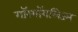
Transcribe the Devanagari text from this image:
गॉरगॉयलिज्म